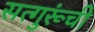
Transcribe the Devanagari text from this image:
सत्गुरूंची